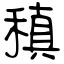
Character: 稹